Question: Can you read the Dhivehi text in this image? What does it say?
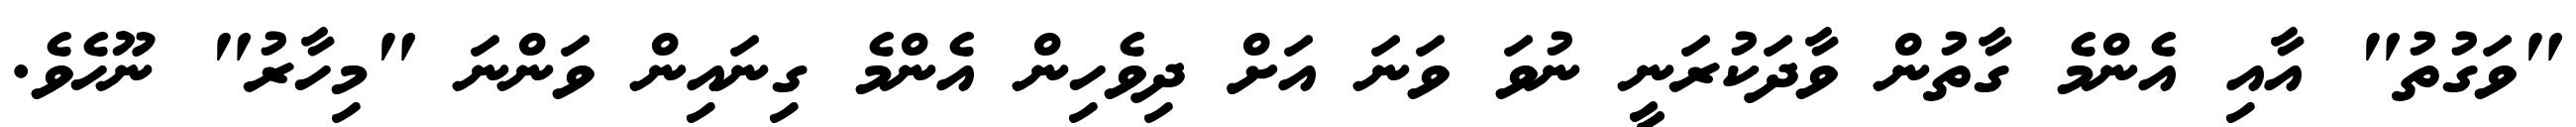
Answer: "ވަގުތު" އާއި އެންމެ ގާތުން ވާދަކުރަނީ ނުވަ ވަނަ އަށް ދިވެހިން އެންމެ ގިނައިން ވަންނަ "މިހާރު" ނޫހެވެ.